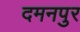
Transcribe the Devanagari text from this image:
दमनपुर